Vaccination in Burma 1920-1933 - 1920-1933
Year: 1920
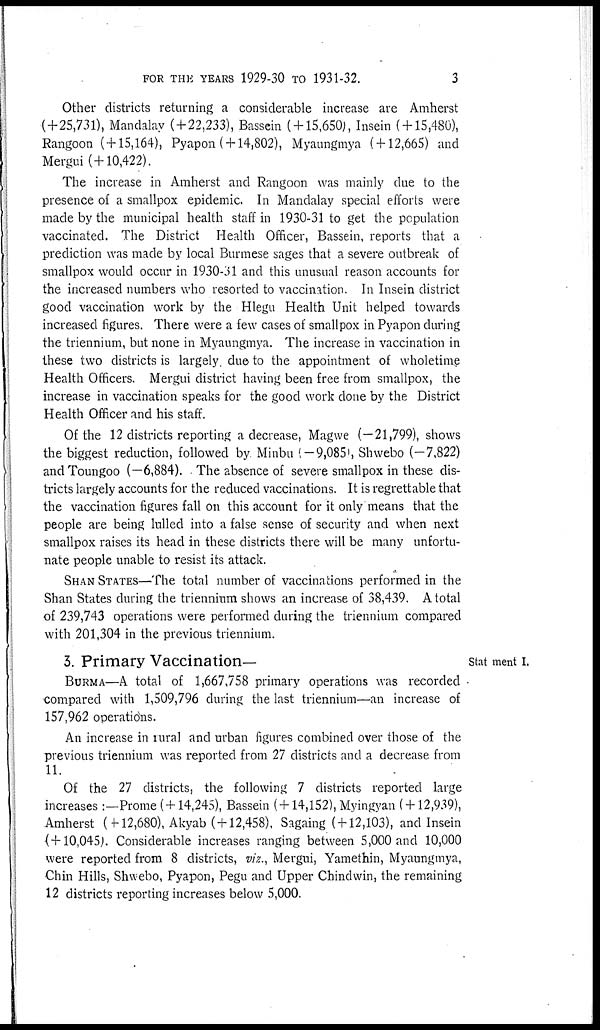
FOR THE YEARS 1929-30 TO 1931-32.
3
Other districts returning a considerable increase are Amherst
(+25,731), Mandalay ( + 22,233), Bassein ( +15,650), Insein ( + 15,480),
Rangoon (+15,164), Pyapon ( + 14,802), Myaungmya ( + 12,665) and
Mergui (+10,422).
The increase in Amherst and Rangoon was mainly due to the
presence of a smallpox epidemic. In Mandalay special efforts were
made by the municipal health staff in 1930-31 to get the population
vaccinated. The District Health Officer, Bassein, reports that a
prediction was made by local Burmese sages that a severe outbreak of
smallpox would occur in 1930-31 and this unusual reason accounts for
the increased numbers who resorted to vaccination. In Insein district
good vaccination work by the Hlegu Health Unit helped towards
increased figures. There were a few cases of smallpox in Pyapon during
the triennium, but none in Myaungmya. The increase in vaccination in
these two districts is largely due to the appointment of wholetime
Health Officers. Mergui district having been free from smallpox, the
increase in vaccination speaks for the good work done by the District
Health Officer and his staff.
Of the 12 districts reporting a decrease, Magwe (—21,799), shows
the biggest reduction, followed by Minbu (—9,085), Shwebo (-7,822)
and Toungoo (—6,884). The absence of severe smallpox in these dis-
tricts largely accounts for the reduced vaccinations. It is regrettable that
the vaccination figures fall on this account for it only means that the
people are being lulled into a false sense of security and when next
smallpox raises its head in these districts there will be many unfortu-
nate people unable to resist its attack.
SHAN STATES—The total number of vaccinations performed in the
Shan States during the triennium shows an increase of 38,439. A total
of 239,743 operations were performed during the triennium compared
with 201,304 in the previous triennium.
Statement I.
3. Primary Vaccination—
BURMA—A total of 1,667,758 primary operations was recorded
compared with 1,509,796 during the last triennium—an increase of
157,962 operations.
An increase in rural and urban figures combined over those of the
previous triennium was reported from 27 districts and a decrease from
11.
Of the 27 districts, the following 7 districts reported large
increases :—Prome ( + 14,245), Bassein ( + 14,152), Myingyan ( + 12,939),
Amherst ( + 12,680), Akyab ( + 12,458), Sagaing ( + 12,103), and Insein
(+10,045). Considerable increases ranging between 5,000 and 10,000
were reported from 8 districts, viz., Mergui, Yamethin, Myaungmya,
Chin Hills, Shwebo, Pyapon, Pegu and Upper Chindwin, the remaining
12 districts reporting increases below 5,000.